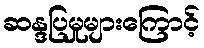
ဆန္ဒပြမှုများကြောင့်